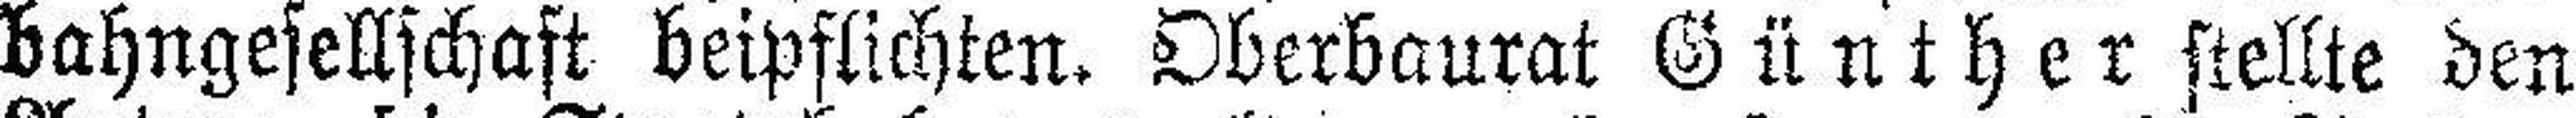
bahngesellschaft beipflichten. Oberbaurat Günther stellte den